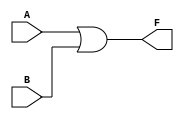

    module KEY_OR_LED ( A, B, F );
        input A, B;         // ??????
        output F;           // ??????
        assign F = A||B;    //??F??1 LED?????
                            //??F??0 LED????
    endmodule